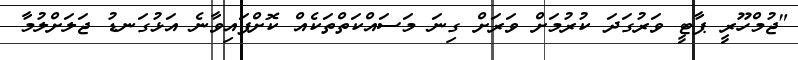
"ޖުމްހޫރީ ޕާޓީ ވަރުގަދަ ކުރުމަށް ވަރަށް ގިނަ މަސައްކަތްތަކެއް ކޮށްފައިވާނެ އަޅުގަނޑު ޖަލަށްލުމާ